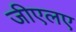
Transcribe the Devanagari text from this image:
जीएलए